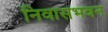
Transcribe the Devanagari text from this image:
निवासभवन